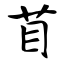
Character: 苜